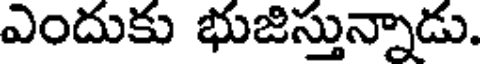
ఎందుకు భుజిస్తున్నాడు.